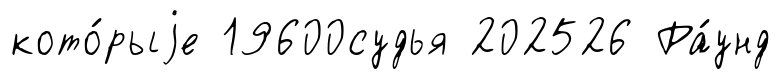
кото́рыjе 19600судья 202526 Ра́унд